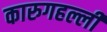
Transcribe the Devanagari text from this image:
कारुगहल्ली